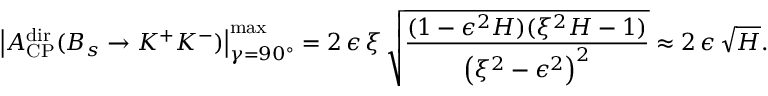
\left| { \cal A } _ { \mathrm { C P } } ^ { \mathrm { d i r } } ( B _ { s } \to K ^ { + } K ^ { - } ) \right| _ { \gamma = 9 0 ^ { \circ } } ^ { \mathrm { m a x } } = 2 \, \epsilon \, \xi \, \sqrt { \frac { ( 1 - \epsilon ^ { 2 } H ) ( \xi ^ { 2 } H - 1 ) } { \left( \xi ^ { 2 } - \epsilon ^ { 2 } \right) ^ { 2 } } } \approx 2 \, \epsilon \, \sqrt { H } .